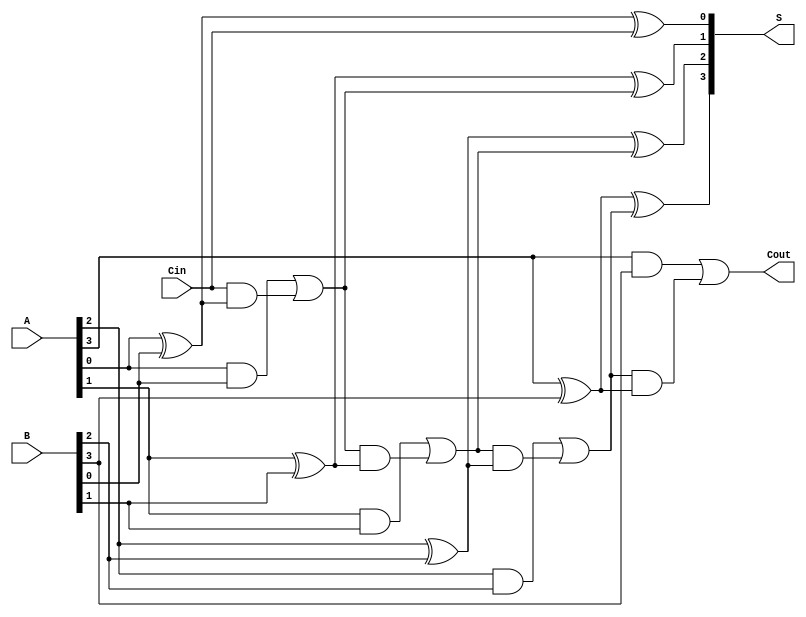
module han_carlson_adder #(parameter n = 4) (
    input [n-1:0] A,      // n-bit input A
    input [n-1:0] B,      // n-bit input B
    input Cin,            // Carry input
    output [n-1:0] S,     // n-bit sum output
    output Cout           // Carry output
);

    wire [n:0] C;         // Carry outputs (C[0] is Cin, C[n] is Cout)
    assign C[0] = Cin;    // Assign Cin to C[0]

    genvar i;
    generate
        for (i = 0; i < n; i = i + 1) begin : adder
            // Sum output
            assign S[i] = A[i] ^ B[i] ^ C[i];

            // Carry output
            assign C[i + 1] = (A[i] & B[i]) | (C[i] & (A[i] ^ B[i]));
        end
    endgenerate

    assign Cout = C[n];   // Assign the final carry output

endmodule